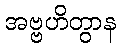
အဗ္ဗဟိတွာန